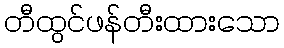
တီထွင်ဖန်တီးထားသော